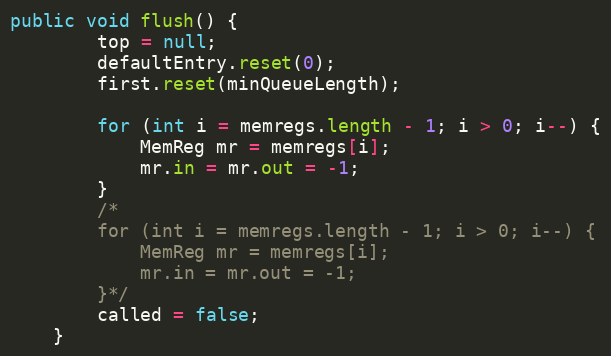
Language: Java
public void flush() {
        top = null;
        defaultEntry.reset(0);
        first.reset(minQueueLength);

        for (int i = memregs.length - 1; i > 0; i--) {
            MemReg mr = memregs[i];
            mr.in = mr.out = -1;
        }
        /*
        for (int i = memregs.length - 1; i > 0; i--) {
            MemReg mr = memregs[i];
            mr.in = mr.out = -1;
        }*/
        called = false;
    }